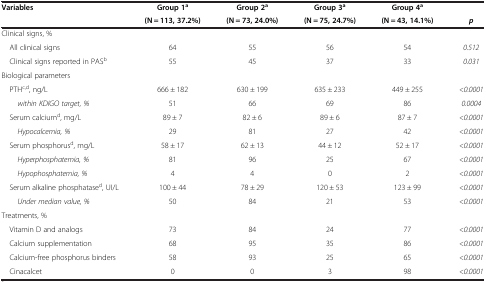
<table><thead><tr><td><b>Variables</b></td><td><b>Group 1<sup>a</sup></b></td><td><b>Group 2<sup>a</sup></b></td><td><b>Group 3<sup>a</sup></b></td><td><b>Group 4<sup>a</sup></b></td><td><b> </b></td></tr><tr><td><b> </b></td><td><b>(N = 113, 37.2%)</b></td><td><b>(N = 73, 24.0%)</b></td><td><b>(N = 75, 24.7%)</b></td><td><b>(N = 43, 14.1%)</b></td><td><b><i>p</i></b></td></tr></thead><tbody><tr><td>Clinical signs, %</td><td> </td><td> </td><td> </td><td> </td><td> </td></tr><tr><td> All clinical signs</td><td>64</td><td>55</td><td>56</td><td>54</td><td><i>0.512</i></td></tr><tr><td> Clinical signs reported in PAS<sup>b</sup></td><td>55</td><td>45</td><td>37</td><td>33</td><td><i>0.031</i></td></tr><tr><td>Biological parameters</td><td> </td><td> </td><td> </td><td> </td><td> </td></tr><tr><td> PTH<sup>c,d</sup>, ng/L</td><td>666 ± 182</td><td>630 ± 199</td><td>635 ± 233</td><td>449 ± 255</td><td><i>&lt;0.0001</i></td></tr><tr><td><i>within KDIGO target, %</i></td><td>51</td><td>66</td><td>69</td><td>86</td><td><i>0.0004</i></td></tr><tr><td> Serum calcium<sup>d</sup>, mg/L</td><td>89 ± 7</td><td>82 ± 6</td><td>89 ± 6</td><td>87 ± 7</td><td><i>&lt;0.0001</i></td></tr><tr><td><i>Hypocalcemia, %</i></td><td>29</td><td>81</td><td>27</td><td>42</td><td><i>&lt;0.0001</i></td></tr><tr><td> Serum phosphorus<sup>d</sup>, mg/L</td><td>58 ± 17</td><td>62 ± 13</td><td>44 ± 12</td><td>52 ± 17</td><td><i>&lt;0.0001</i></td></tr><tr><td><i>Hyperphosphatemia, %</i></td><td>81</td><td>96</td><td>25</td><td>67</td><td><i>&lt;0.0001</i></td></tr><tr><td><i>Hypophosphatemia, %</i></td><td>4</td><td>4</td><td>0</td><td>2</td><td><i>&lt;0.0001</i></td></tr><tr><td> Serum alkaline phosphatase<sup>d</sup>, UI/L</td><td>100 ± 44</td><td>78 ± 29</td><td>120 ± 53</td><td>123 ± 99</td><td><i>&lt;0.0001</i></td></tr><tr><td><i>Under median value, %</i></td><td>50</td><td>84</td><td>21</td><td>53</td><td><i>&lt;0.0001</i></td></tr><tr><td>Treatments, %</td><td> </td><td> </td><td> </td><td> </td><td> </td></tr><tr><td> Vitamin D and analogs</td><td>73</td><td>84</td><td>24</td><td>77</td><td><i>&lt;0.0001</i></td></tr><tr><td> Calcium supplementation</td><td>68</td><td>95</td><td>35</td><td>86</td><td><i>&lt;0.0001</i></td></tr><tr><td> Calcium-free phosphorus binders</td><td>58</td><td>93</td><td>25</td><td>65</td><td><i>&lt;0.0001</i></td></tr><tr><td> Cinacalcet</td><td>0</td><td>0</td><td>3</td><td>98</td><td><i>&lt;0.0001</i></td></tr></tbody></table>